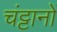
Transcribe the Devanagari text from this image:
चंट्टानों